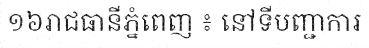
១៦រាជធានីភ្នំពេញ ៖ នៅទីបញ្ជាការ